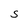
Character: S